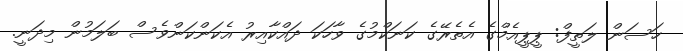
ހަސަން ލަތީފް: ޕީޕީއެމްގެ އެތެރޭގެ ކަނަކްމުގެ ވާހަކަ ދައްކާއިރު އެކަންކަންވެސް ބަލަމުން މިދަނީ.